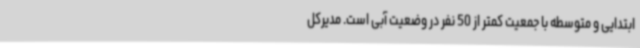
ابتدایی و متوسطه با جمعیت کمتر از 50 نفر در وضعیت آبی است. مدیرکل